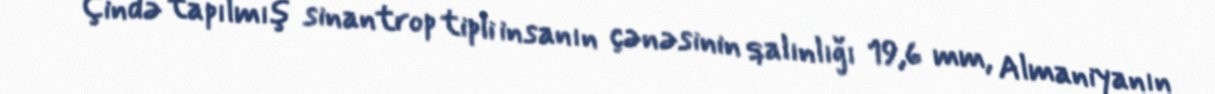
Çində tapılmış sinantrop tipli insanın çənəsinin qalınlığı 19,6 mm, Almaniyanın